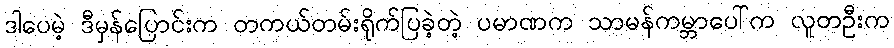
ဒါပေမဲ့ ဒီမှန်ပြောင်းက တကယ်တမ်းရိုက်ပြခဲ့တဲ့ ပမာဏက သာမန်ကမ္ဘာပေါ်က လူတဦးက